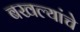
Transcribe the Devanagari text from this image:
बखल्यांचे